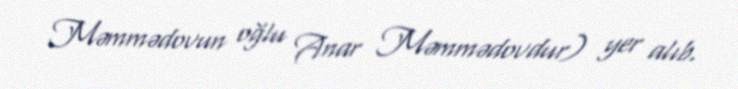
Məmmədovun oğlu Anar Məmmədovdur) yer alıb.